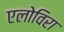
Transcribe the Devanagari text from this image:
एलोविरा